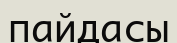
пайдасы